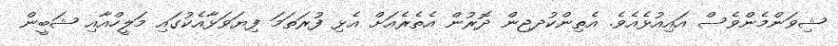
ޝިވަންމެންވެސް އައިއުޅެއެވެ. އެތިންކުދޖން ދޮރުން އެތެރެއަަށް އެޅި ފުރަތަމަ ފިޔަވަޅާއެކުގައި މަލީހްއާއި ޝަބީން